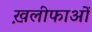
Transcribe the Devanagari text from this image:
ख़लीफाओं